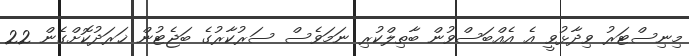
މިނިސްޓަރު ވިދާޅުވީ އެ އެއްބަސްވުން ބާތިލްކުރި ނަމަވެސް ސަރުކާރުގެ ބަޖެޓުން ޚަރަދުކޮށްގެން 22